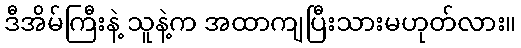
ဒီအိမ်ကြီးနဲ့ သူနဲ့က အထာကျပြီးသားမဟုတ်လား။